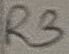
Text: R3